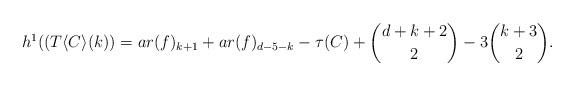
LaTeX: \begin{align*} h^1((T\langle C\rangle(k))=ar(f)_{k+1}+ar(f)_{d-5-k}-\tau(C)+{d+k+2 \choose 2}-3{k+3 \choose 2}.\end{align*}